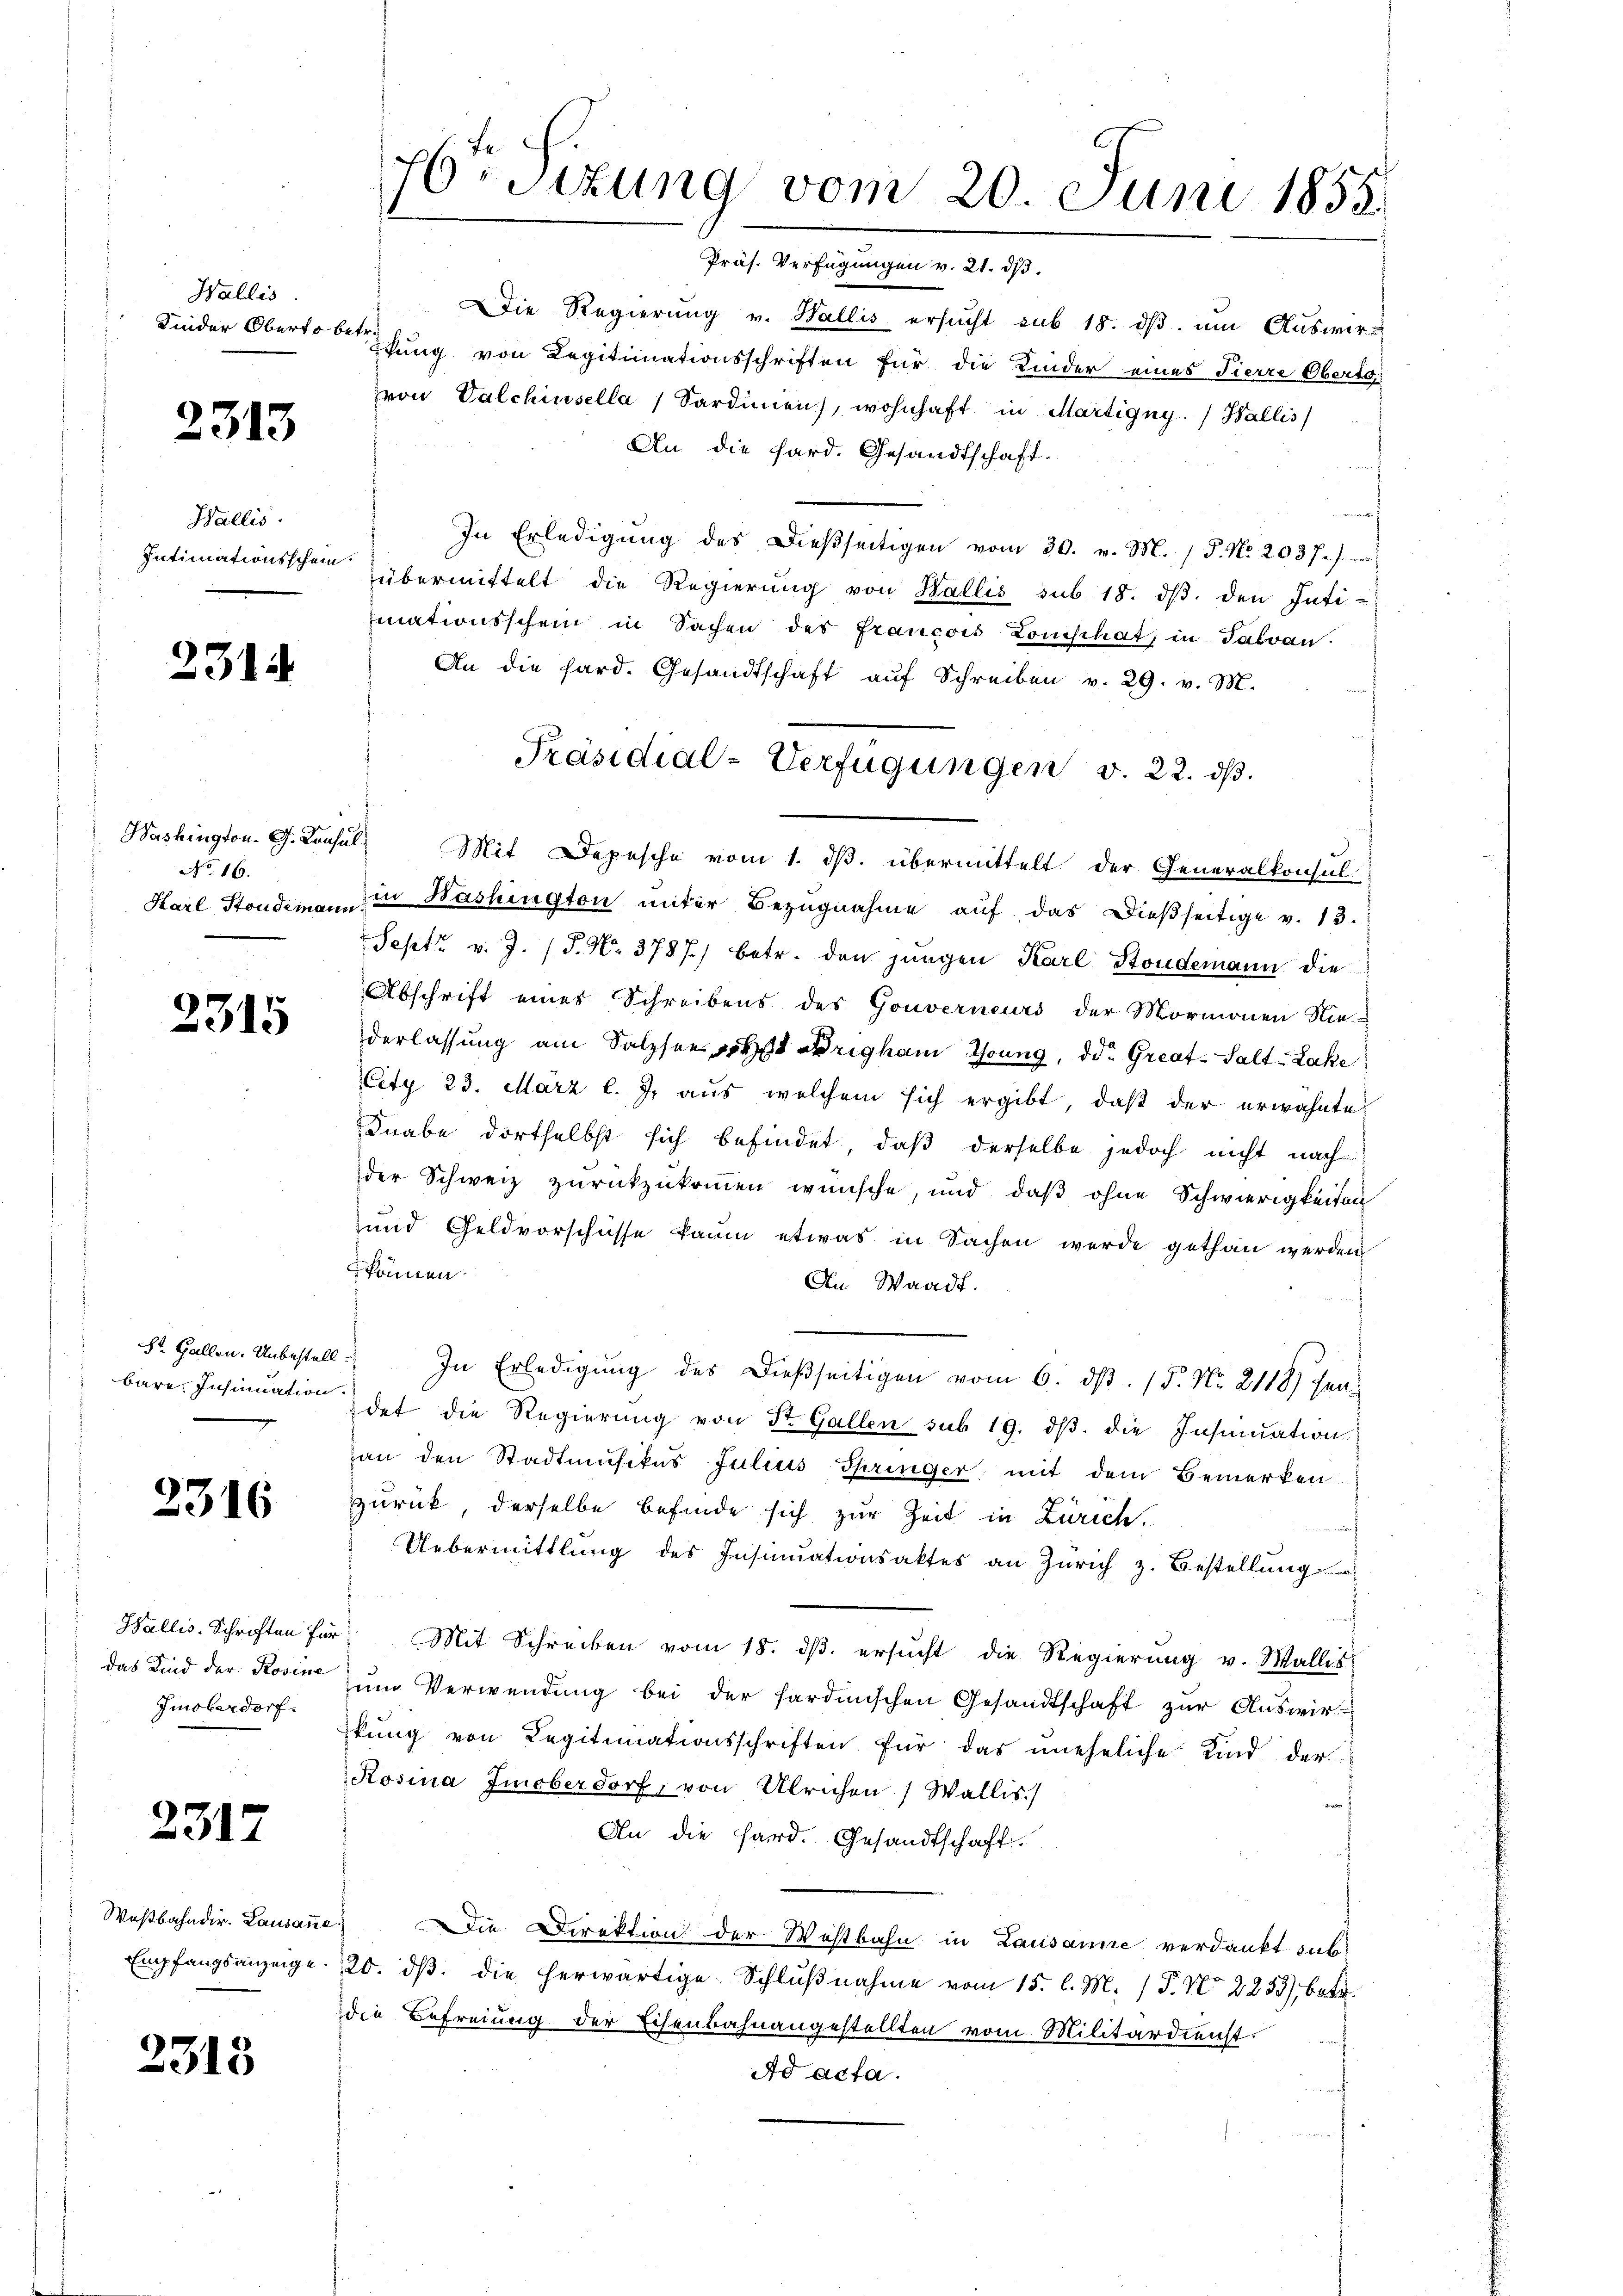
Wallis.
Kinder Oberto betr.

2313

Wallis.
Intimationsschein.

2314

Bashington. G. Konsul
No 16.

2315

Hr. Gallen. Unbestell
bare Insinuation

2316

Wallis. Schriften für
das Kind der Rosine
Imoberdorf.

2317

Waßbahndir. Lausann
Empfangsanzeige

2315

76ten Sizung vom 20. Juni 1858.

Die Regierŭng v. Wallis ersŭcht sub 18. dβ. um Auswirftung von Legitimationsschriften für die Kinder eines Fierre Oberta
von Valchinsella Sardinien), wohnhaft in Martigny.) Wallis
An die Hard. Gesandtschaft.
In Erledigung des Dießseitigen vom 20. v. M. / P. Nr. 203 f. s
übermittelt die Regierŭng von Wallis sub 18. dβ. den Inti-
mationsschein in Sachen des Francois Lomischat, in Fabvan.
An die hard. Gesandtschaft aŭf Schreiben v. 29. v. M.
Mit Depesche vom 1. ds. übermittelt der Generalkonsul-
Karl Stondemann in Bashington unter Bezŭgnahme aŭf das dießseitige v. 13.
Sept v. J. (T. Nr. 3787) betr. den jungen Karl Stoudemann die
Abschrift eines Schreibens des Gouverneurs der Mormonen Nie-
derlassung am Salzsen strigham Thrung, die Great-Salt-Lake
City 23. März l. J. aus welchem sich ergibt, daß der erwähnte
Knabe dortselbst sich befindet, daß derselbe jedoch nicht nach
der Schweiz zurückzukommen wünsche, und daß ohne Schwierigkeiten
und Geldvorschüsse kaum etwas in Sachen werde gethan werden
können.
An Waadt.
In Erledigung des dießseitigen vom 6. d. 15. No. 2118) Handet die Regierung von St. Gallen sub 19. dβ. die Insinuation
an den Stadtmusikus Julius Springer mit dem Bemerken
zzurück derselbe befinde sich zur Zeit in Zürich.
h
Uebermittlung des Insinuationsaktes an Zürich z. Bestellung
m
 Mit Schreiben vom 18. dβ. ersŭcht die Regierŭng v. Wallis
zŭm Verwendung bei der sardinischen Gesandtschaft zur Auswirkŭng von Legitimationsschriften für das uneheliche Kind der
Rosina Imoberdorf, von Ulrichen Wallis.)
n
An die Hard. Gesandtschaft.
Die Direktion der Westbahn in Lausanne verdankt zus
20. dβ die herwärtige Schlŭβnahme vom 15. l. M. (T. No 2233), betr.
die Befreiung der Eisenbahnangestellten vom Militärdienst.
Ad acta.

Präsidial-Verfügungen v. 22. dβ.